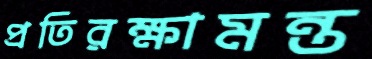
প্রতিরক্ষামন্ত